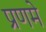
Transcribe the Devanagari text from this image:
प्रणमे